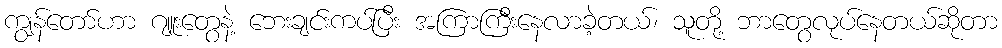
ကျွန်တော်ဟာ ဂျူးတွေနဲ့ ဘေးချင်းကပ်ပြီး အကြာကြီးနေလာခဲ့တယ်၊ သူတို့ ဘာတွေလုပ်နေတယ်ဆိုတာ